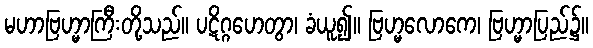
မဟာဗြဟ္မာကြီးတို့သည်။ ပဋိဂ္ဂဟေတွာ၊ ခံယူ၍။ ဗြဟ္မလောကေ၊ ဗြဟ္မာပြည်၌။